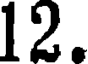
12.